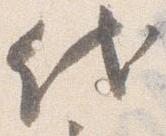
代